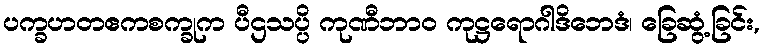
ပက္ခဟတဧကစက္ခုက ပီဌသပ္ပိ ကုဏီဘာဝ ကုဋ္ဌရောဂါဒိဘေဒံ၊ ခြေဆွံ့ခြင်း,